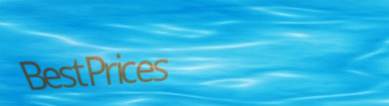
BestPrices